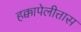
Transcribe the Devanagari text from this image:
हक्कापेलीत्तास